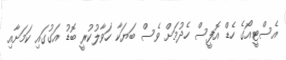
އެސްޓީއޯގެ ހެޑް އޮފީސް ހެދުމަށް ވެސް ބަޔަކާ ހަވާލުކުރީ ބޮޑު އަގުގައި ކަމަށާއި